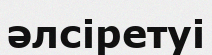
әлсіретуі